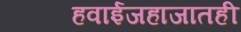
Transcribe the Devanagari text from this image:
हवाईजहाजातही